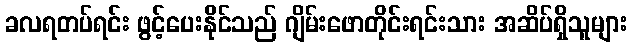
ခလရတပ်ရင်း ဖွင့်ပေးနိုင်သည် ဂျိမ်းဖောတိုင်းရင်းသား အဆိပ်ရှိသူများ